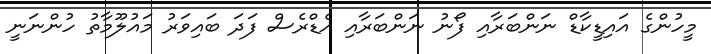
މީހުންގެ އައިޑީކާޑް ނަންބަރާއި ފޯނު ނަންބަރާއި އެޑްރެސް ފަދަ ބައިވަރު މައުލޫމާތު ހުންނަނީ